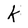
Character: k